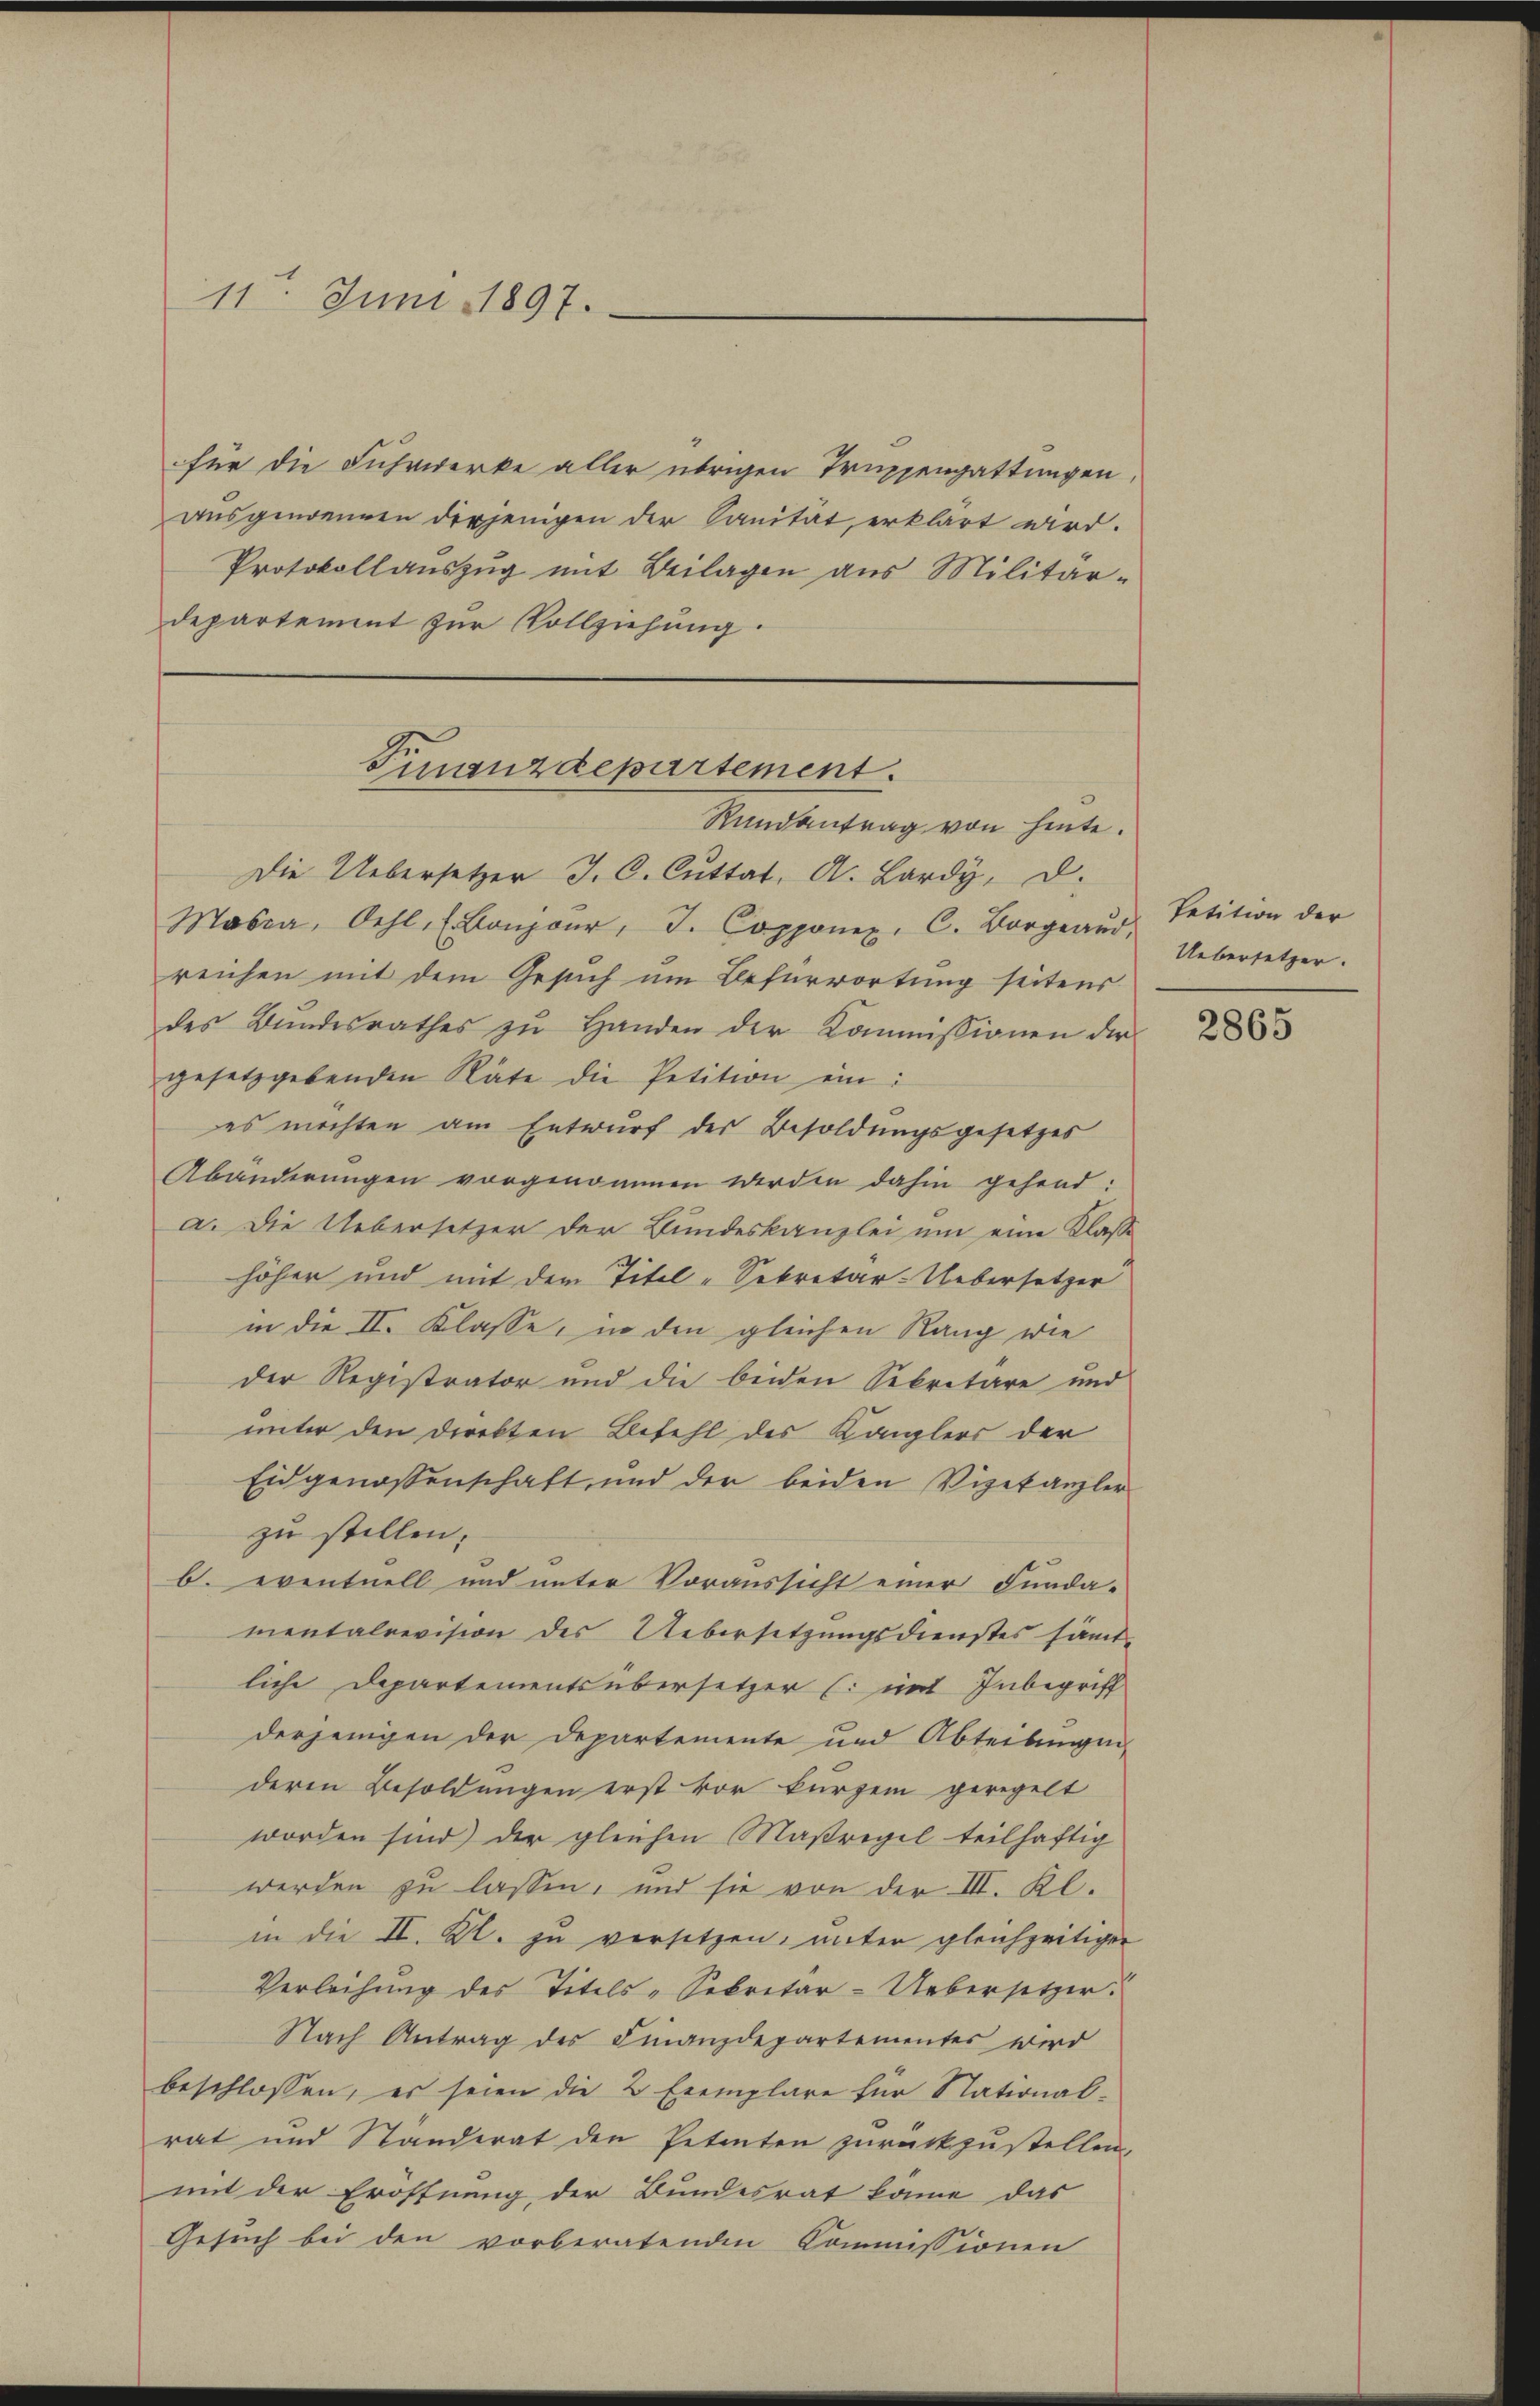
11. Juni 1897.

für die Fuhrwerke aller übrigen Truppengattungen,
ausgenommen derjenigen der Sanität, erklärt wird.
Protokollauszug mit Beilagen aus Militär-
departement zur Vollziehung.

Finanzdepartement.
Rundantrag von hinte.

Die Uebersetzer J. C. Cuttat. A. Lardy, D.
Masca, Oehl. Bonzoŭr, J. Copponex, C. Borgeaŭs, Petition der
reichen mit dem Gesuch um Befürwortung seitens
des Bŭndesrathes zŭ Handen der Kommissionen der
gesetzgebenden Räte die Petition ein:
es möchten am Entwurf der Besoldungsgesetzes
Abänderungen vorgenommen werden dahin gehend:
a. Die Uebersetzer der Bundeskanzlei um eine Klasse
höher und mit dem Titel-Sekretär-Uebersetzer
in die II. Klasse, in den gleichen Rang wie
der Registrator und die beiden Sekretäre und
unter den Direkten Befehl des Kanzlers der
Eidgenossenschaft und der beiden Vizekanzler
zu stellen.
b. eventuell und unter Voraussicht einer Funda-
mentalrevision des Uebersitzungsdienstes sämtliche Departements übersetzer (mit Inbegriff
derjenigen der Departemente und Abteilungen
deren Besoldungen erst vor kurzem geregelt
worden sind) der gleichen Maßregel teilhaftig
werden zu lassen, und sie von der III. Kl.
in die II. Kl. zu versitzen, unter gleichzeitigen
Verleihung des Titels-Sekretär-Uebersetzer.
Nach Antrag des Finanzdepartementes wird
beschlossen, es seien die 2 Exemplare für Nationalrat und Standerat den Petenten zurückzustellen.
mit der Eröffnung der Bundesrat könne das
Gesuch bei den vorberatenden Commissionen

Uebersetzer.

2865